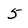
Character: 5